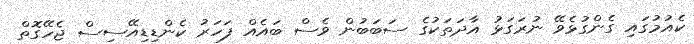
ކެއުމުގައި ގެންގުޅެވޭ ނުރަގަޅު އާދަތަކުގެ ސަބަބުން ވެސް ބައެއް ފަހަރު ކެންޑިޑިއޭސިސް ޖެހޭގޮތް